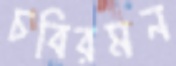
চবিরমন